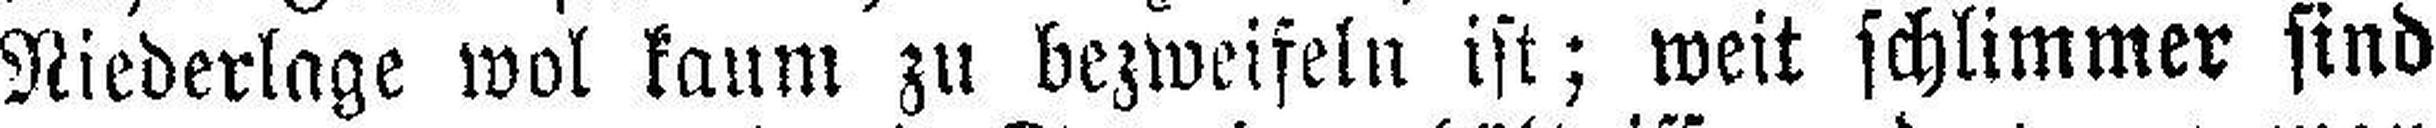
Niederlage wol kaum zu bezweifeln ist; weit schlimmer sind